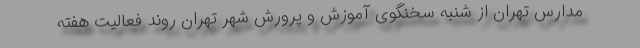
مدارس تهران از شنبه سخنگوی آموزش و پرورش شهر تهران روند فعالیت هفته